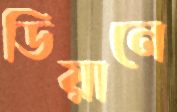
ডিয়ানে